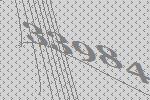
33984